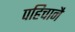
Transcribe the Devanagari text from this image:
पहिचानै